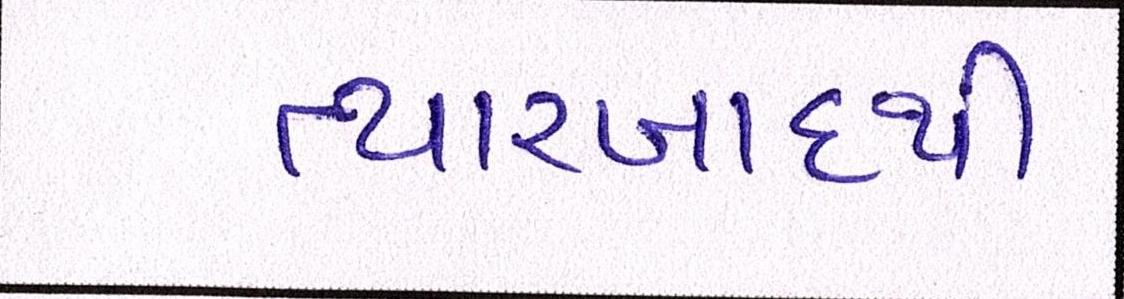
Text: ત્યારબાદથી